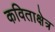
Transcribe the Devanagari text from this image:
कविताक्षेत्र